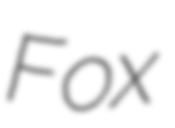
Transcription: Fox